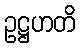
ဥဋ္ဌဟတိ